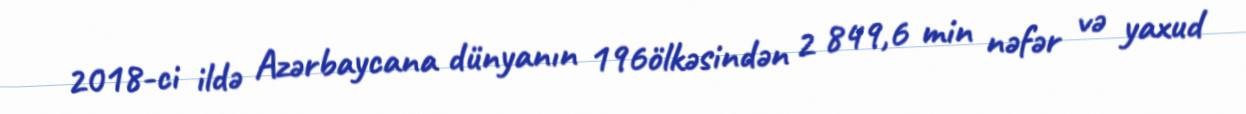
2018-ci ildə Azərbaycana dünyanın 196ölkəsindən 2 849,6 min nəfər və yaxud